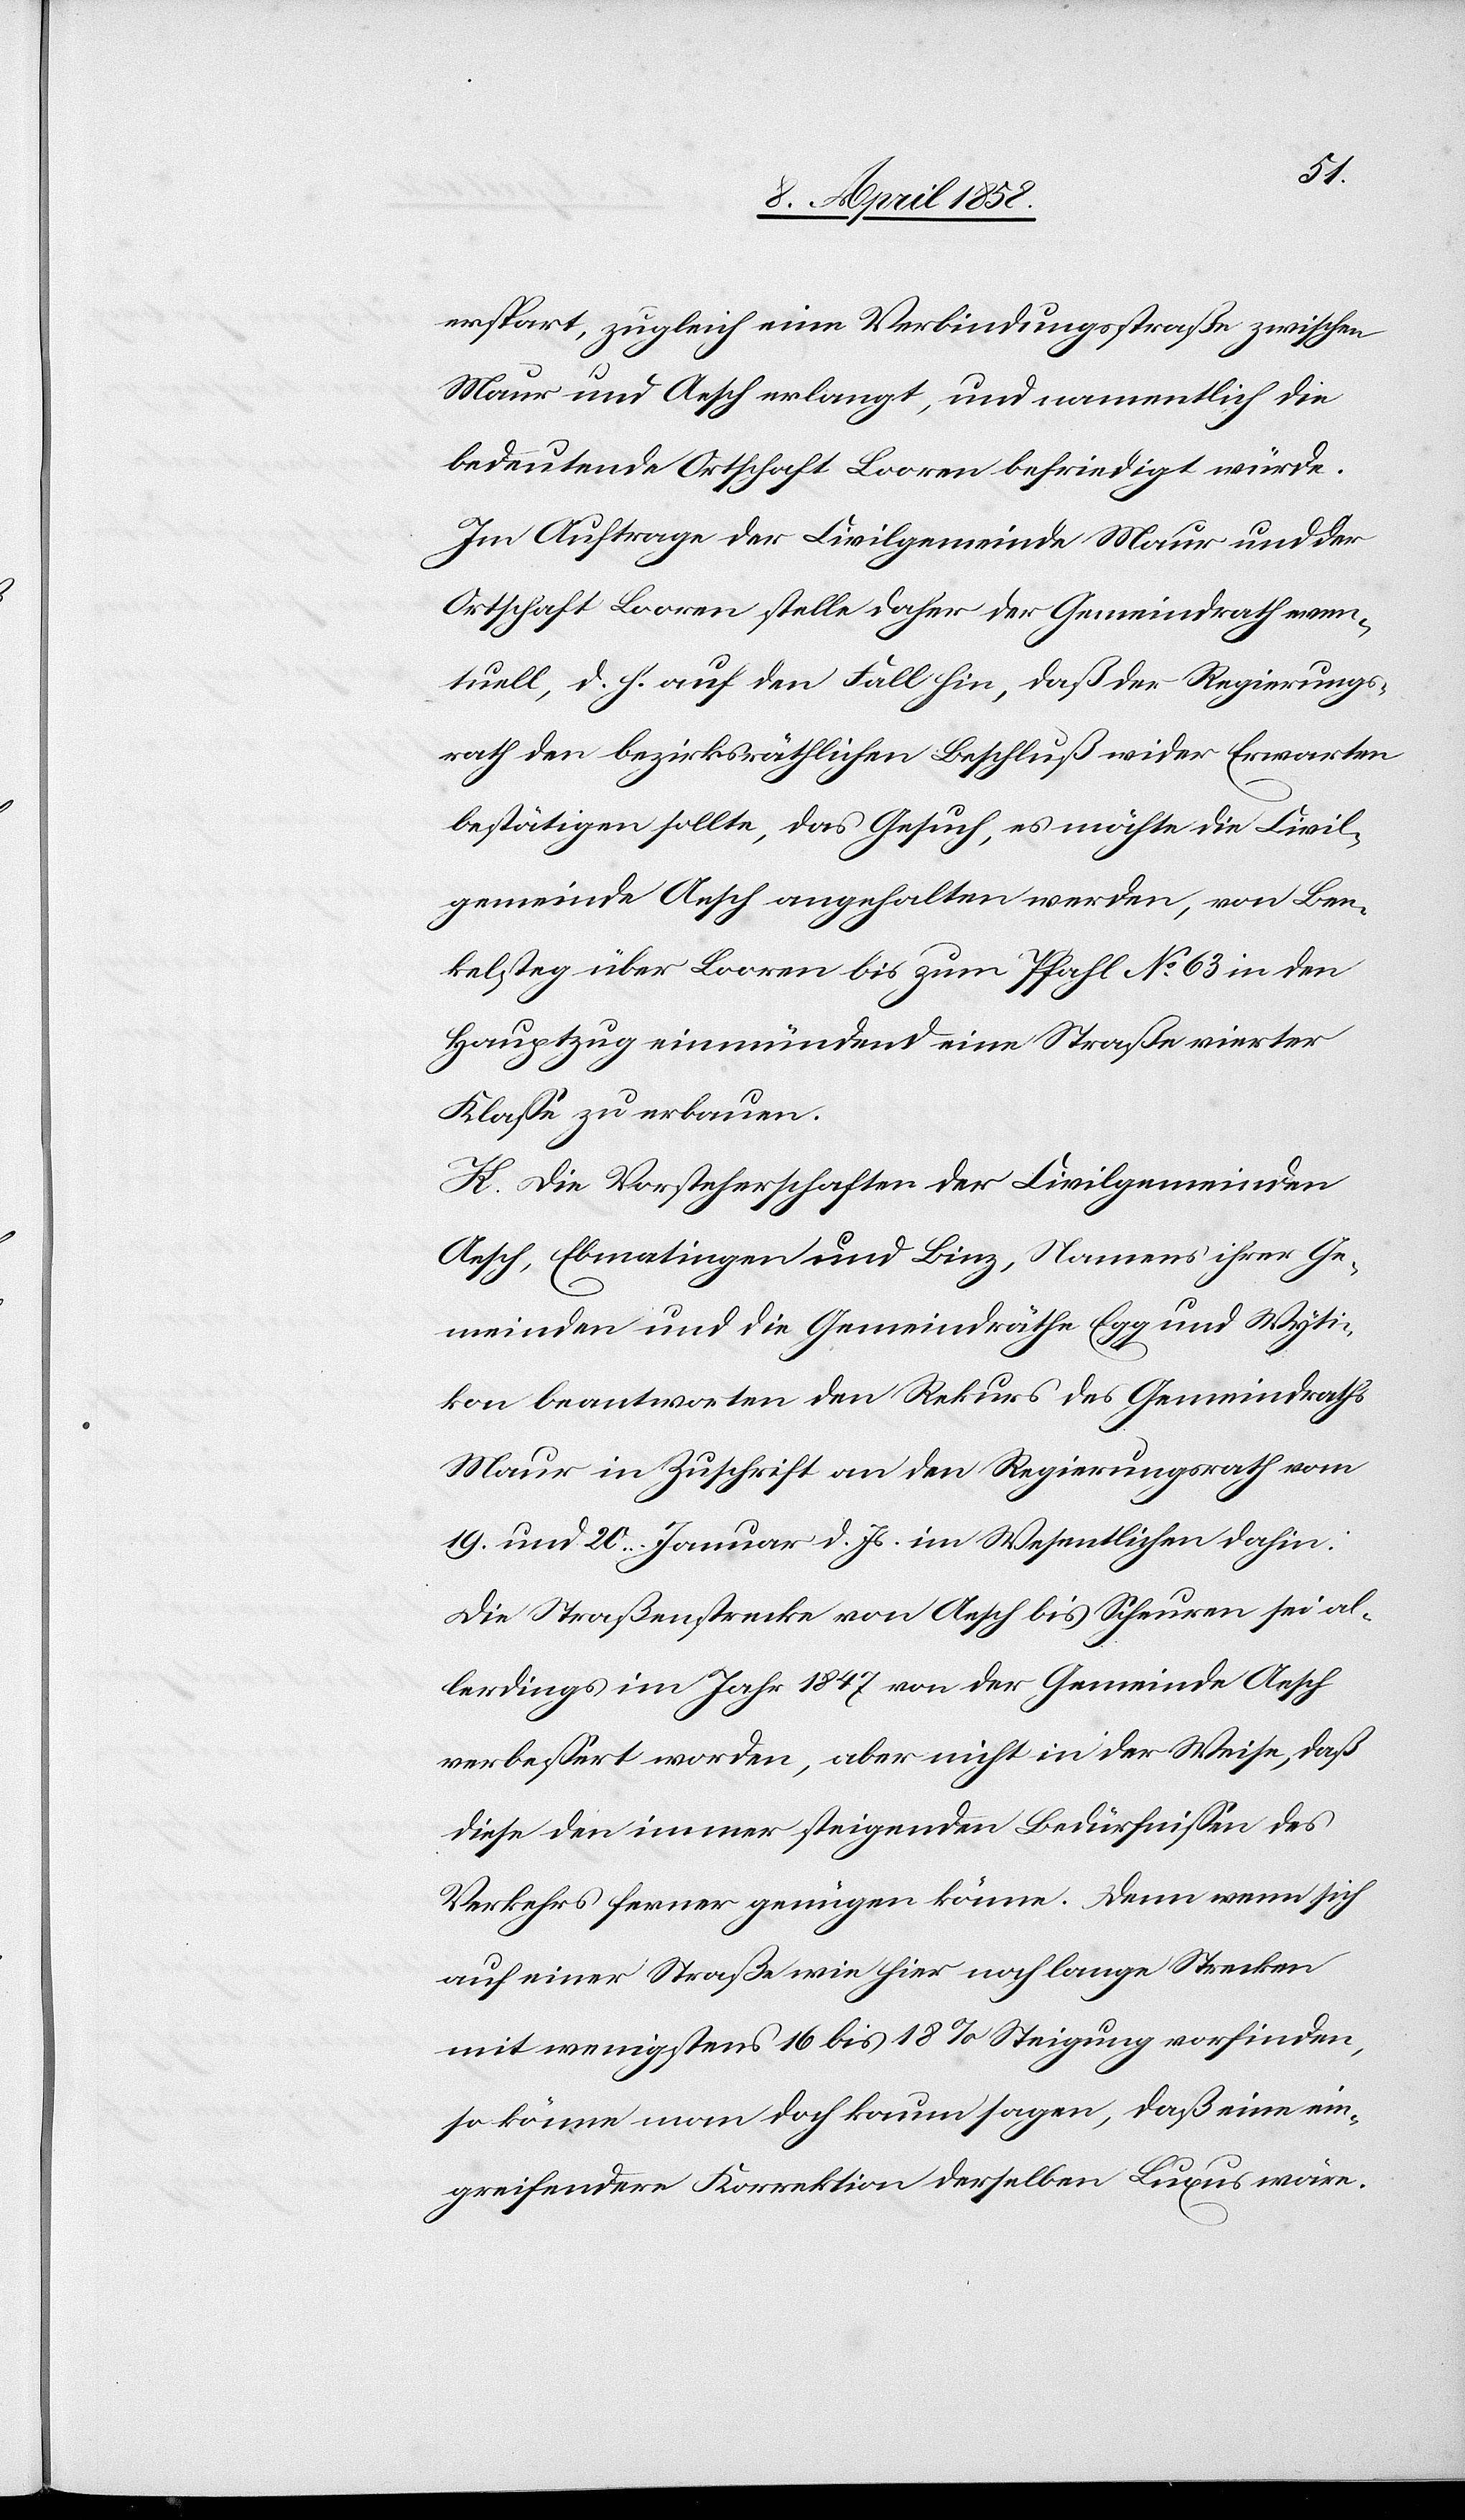
erspart, zugleich eine Verbindungsstraße zwischen
Maur und Aesch erlangt, und namentlich die
bedeutende Ortschaft Looren befriedigt würde.
Im Auftrage der Civilgemeinde Maur und der
Ortschaft Looren stelle daher der Gemeindrath even¬
tuell, d. h. auf den Fall hin, daß der Regierungs¬
rath den bezirksräthlichen Beschluß wider Erwarten
bestätigen sollte, das Gesuch, es möchte die Civil¬
gemeinde Aesch angehalten werden, von Ben¬
kelsteg über Looren bis zum Pfahl No 63 in den
Hauptzug einmündend eine Straße vierter
Klasse zu erbauen.
K. Die Vorsteherschaft der Civilgemeinden
Aesch, Ebmatingen und Binz, Namens ihrer Ge¬
meinden und die Gemeindräthe Egg und Wyti¬
kon beantworten den Rekurs des Gemeindraths
Maur in Zuschrift an den Regierungsrath vom
19. und 20. Januar d. Js. im Wesentlichen dahin:
Die Straßenstrecke von Aesch bis Scheuren sei al¬
lerdings im Jahr 1847 von der Gemeinde Aesch
verbessert worden, aber nicht in der Weise, daß
diese den immer steigenden Bedürfnissen des
Verkehrs ferner genügen könne. Denn wenn sich
auf einer Straße wie hier noch lange Strecken
mit wenigstens 16 bis 18% Steigung vorfinden,
so könne man doch kaum sagen, daß eine ein¬
greifendere Korrektion derselben Luxus wäre.